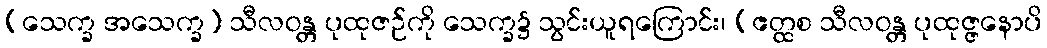
(သေက္ခ အသေက္ခ) သီလဝန္တ ပုထုဇဉ်ကို သေက္ခ၌ သွင်းယူရကြောင်း၊ (ဧတ္ထစ သီလဝန္တ ပုထုဇ္ဇနောပိ